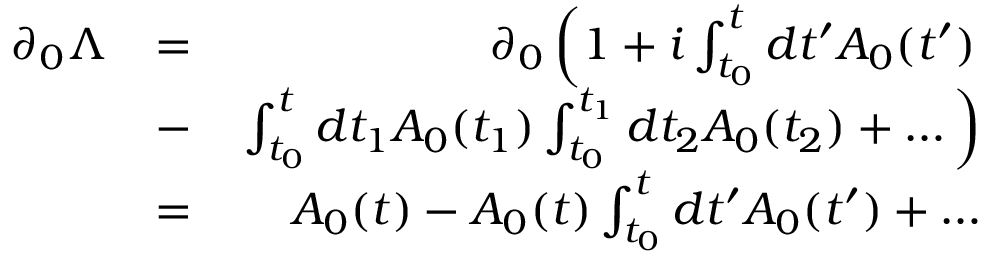
\begin{array} { r l r } { \partial _ { 0 } \Lambda } & { = } & { \partial _ { 0 } \left( 1 + i \int _ { t _ { 0 } } ^ { t } d t ^ { \prime } A _ { 0 } ( t ^ { \prime } ) \right. } \\ & { - } & { \left. \int _ { t _ { 0 } } ^ { t } d t _ { 1 } A _ { 0 } ( t _ { 1 } ) \int _ { t _ { 0 } } ^ { t _ { 1 } } d t _ { 2 } A _ { 0 } ( t _ { 2 } ) + \dots \right) } \\ & { = } & { A _ { 0 } ( t ) - A _ { 0 } ( t ) \int _ { t _ { 0 } } ^ { t } d t ^ { \prime } A _ { 0 } ( t ^ { \prime } ) + \dots } \end{array}